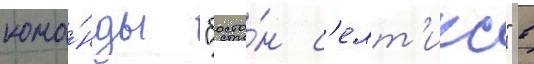
кома́нды "босто́н с'елт'икс" в